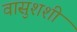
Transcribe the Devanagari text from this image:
वासुशशी